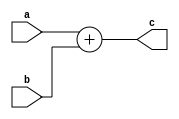
`timescale 1ns / 1ps
//////////////////////////////////////////////////////////////////////////////////
// Company: 
// Engineer: 
// 
// Design Name: 
// Module Name:    add_32 
// Project Name: 
// Target Devices: 
// Tool versions: 
// Description: 
//
// Dependencies: 
//
// Revision: 
// Revision 0.01 - File Created
// Additional Comments: 
//
//////////////////////////////////////////////////////////////////////////////////
module add_32(input [31:0]a,
	input [31:0]b,
	output [31:0]c
);
	assign c=a+b;

endmodule